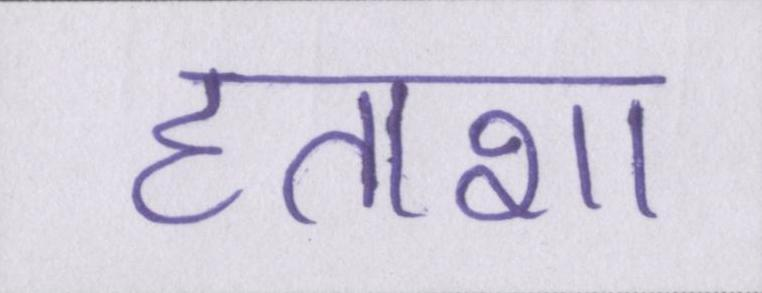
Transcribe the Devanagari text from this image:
हताशा